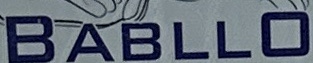
BABLLO